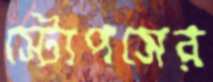
স্টোপসের